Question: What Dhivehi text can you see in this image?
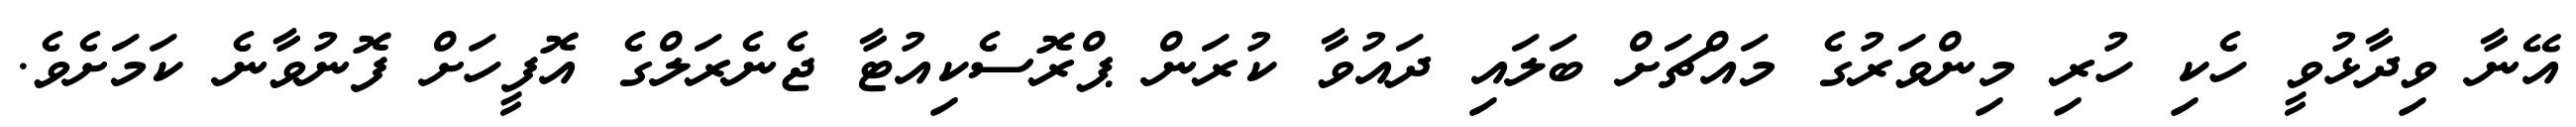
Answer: އޭނާ ވިދާޅުވީ ހެކި ހުރި މިންވަރުގެ މައްޗަށް ބަލައި ދައުވާ ކުރަން ޕްރޮސެކިއުޓާ ޖެނެރަލްގެ އޮފީހަށް ފޮނުވާނެ ކަމަށެވެ.